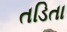
તડિતા